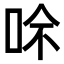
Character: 𠲇